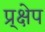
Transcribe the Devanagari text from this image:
प्र्क्षेप